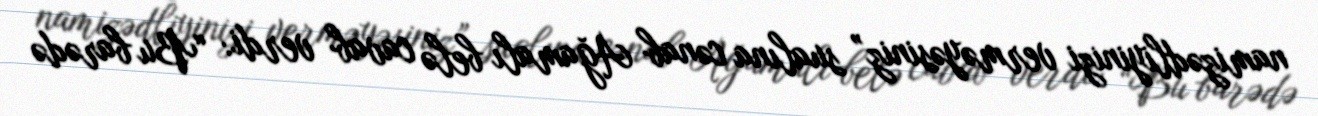
namizədliyinizi verməyəsiniz” sualına cənab Ağamalı belə cavab verdi: “Bu barədə